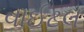
વાઈટલ